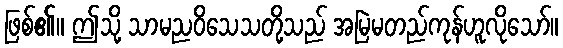
ဖြစ်၏။ ဤသို့ သာမညဝိသေသတို့သည် အမြဲမတည်ကုန်ဟူလိုသော်။